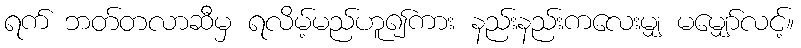
ရက် ဘတ်တလာဆီမှ ရလိမ့်မည်ဟူ၍ကား နည်းနည်းကလေးမျှ မမျှော်လင့်။